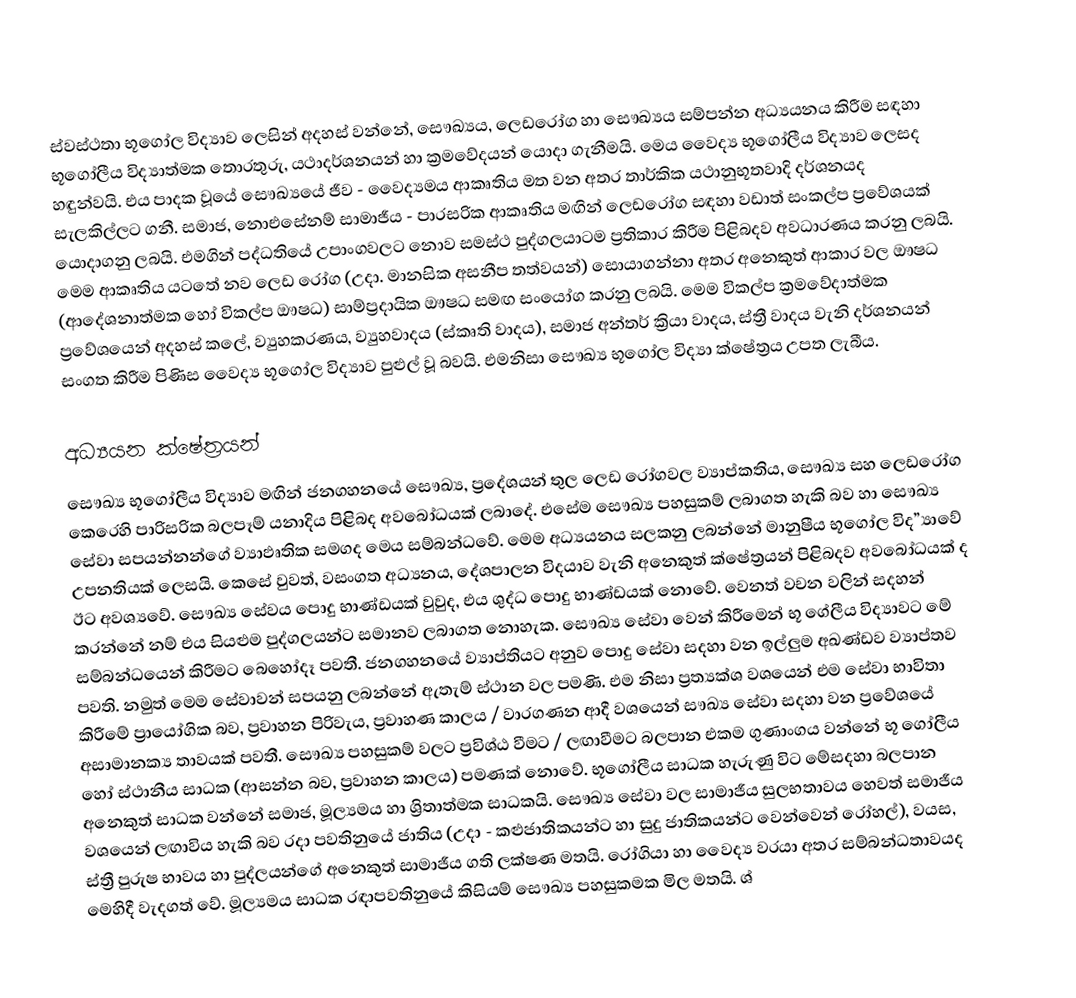
ස්වස්ථතා භූගෝල විද්‍යාව ලෙසින් අදහස් වන්නේ, සෞඛ්‍යය, ලෙඩරෝග හා සෞඛ්‍යය සම්පන්න අධ්‍යයනය කිරීම සඳහා භූගෝලීය විද්‍යාත්මක තොරතුරු, යථාදර්ශනයන් හා ක්‍රමවේදයන් යොදා ගැනීමයි.  මෙය වෛද්‍ය භූගෝලීය විද්‍යාව ලෙසද හඳුන්වයි.  එය පාදක වූයේ සෞඛ්‍යයේ ජීව - වෛද්‍යමය ආකෘතිය මත වන අතර තාර්කික යථානුභූතවාදි දර්ශනයද සැලකිල්ලට ගනී.  සමාජ, නොඑසේනම් සාමාජීය - පාරසරික ආකෘතිය මඟින් ලෙඩරෝග සඳහා වඩාත් සංකල්ප ප්‍රවේශයක් යොදාගනු ලබයි.  එමගින් පද්ධතියේ උපාංගවලට නොව සමස්ථ පුද්ගලයාටම ප්‍රතිකාර කිරීම පිළිබදව අවධාරණය කරනු ලබයි.  මෙම ආකෘතිය යටතේ නව ලෙඩ රෝග (උදා. මානසික අසනීප තත්වයන්) සොයාගන්නා අතර අනෙකුත් ආකාර වල ‍ඖෂධ (ආදේශනාත්මක හෝ විකල්ප ඖෂධ) සාම්ප්‍රදායික ඖෂධ සමඟ සංයෝග කරනු ලබයි.  මෙම විකල්ප ක්‍රමවේදාත්මක ප්‍රවේශයෙන් අදහස් කලේ, ව්‍යුහකරණය, ව්‍යුහවාදය (ස්කෘති වාදය), සමාජ අන්තර් ක්‍රියා වාදය, ස්ත්‍රී වාදය වැනි දර්ශනයන් සංගත කිරීම පිණිස වෛද්‍ය භූගෝල විද්‍යාව පුළුල් වූ බවයි. එමනිසා සෞඛ්‍ය භූගෝල විද්‍යා ක්ෂේත්‍රය උපත ලැබීය.

අධ්‍යයන ක්ෂේත්‍රයන්
සෞඛ්‍ය භූගෝලීය විද්‍යාව මඟින් ජනගහනයේ සෞඛ්‍ය, ප්‍රදේශයන් තුල ලෙඩ රෝගවල ව්‍යාප්කතිය, සෞඛ්‍ය සහ ලෙඩරෝග කෙරෙහි පාරිසරික බලපෑම් යනාදිය පිළිබද අවබෝධයක් ලබාදේ. එසේම සෞඛ්‍ය පහසුකම් ලබාගත හැකි බව හා සෞඛ්‍ය සේවා සපයන්නන්ගේ ව්‍යාඵෘතික සමගද මෙය සම්බන්ධවේ. මෙම අධ්‍යයනය සලකනු ලබන්නේ මානුෂීය භූගෝල විද”්‍යාවේ උපනතියක් ලෙසයි. කෙසේ වුවත්, වසංගත අධ්‍යනය, දේශපාලන විදයාව වැනි අනෙකුත් ක්ෂේත්‍රයන් පිළිබදව අවබෝධයක් ද ඊට අවශ්‍යවේ. සෞඛ්‍ය සේවය පොදු භාණ්ඩයක් වුවුද, එය ශුද්ධ පොදු භාණ්ඩයක් නොවේ. වෙනත් වචන වලින් සදහන් කරන්නේ නම් එය සියළුම පුද්ගලයන්ට සමානව ලබාගත නොහැක. සෞඛ්‍ය සේවා වෙන් කිරීමෙන් භූ ගේලීය විද්‍යාවට මේ සම්බන්ධයෙන් කිරීමට බෙහෝදෑ පවතී. ජනගහනයේ ව්‍යාප්තියට අනුව පොදු සේවා සදහා වන ඉල්ලුම අඛණ්ඩව ව්‍යාප්තව පවති. නමුත් මෙම සේවාවන් සපයනු ලබන්නේ ඇතැම් ස්ථාන වල පමණි. එම නිසා ප්‍රත්‍යක්ශ වශයෙන් එම සේවා භාවිතා කිරීමේ ප්‍රායෝගික බව, ප්‍රවාහන පිරිවැය, ප්‍රවාහණ කාලය / වාරගණන ආදී වශයෙන් සෟඛ්‍ය සේවා සදහා වන ප්‍රවේශයේ අසාමානක්‍ය තාවයක් පවතී. සෞඛ්‍ය පහසුකම් වලට ප්‍රවිශ්ඨ වීමට  / ලඟාවීමට බලපාන එකම ගුණාංගය වන්නේ භූ ගෝලීය හෝ ස්ථානීය සාධක (ආසන්න බව, ප්‍රවාහන කාලය) පමණක් නොවේ. භූගෝලීය සාධක හැරුණු විට මේසදහා බලපාන අනෙකුත් සාධක වන්නේ සමාජ, මූල්‍යමය හා ශ්‍රිතාත්මක සාධකයි. සෞඛ්‍ය සේවා වල සාමාජීය සුලභතාවය හෙවත් සමාජීය වශයෙන් ලඟාවිය හැකි බව රදා පවතිනුයේ ජාතිය  (උදා - කළුජාතිකයන්ට හා සුදු ජාතිකයන්ට වෙන්වෙන් රෝහල්), වයස, ස්ත්‍රී පුරුෂ භාවය හා පුද්ලයන්ගේ අනෙකුත් සාමාජීය ගති ලක්ෂණ මතයි. රෝගියා හා වෛද්‍ය වරයා අතර සම්බන්ධතාවයද මෙහිදී වැදගත් වේ. ‍මූල්‍යමය සාධක රඳාපවතිනුයේ කිසියම් සෞඛ්‍ය පහසුකමක මිල මතයි. ශ්